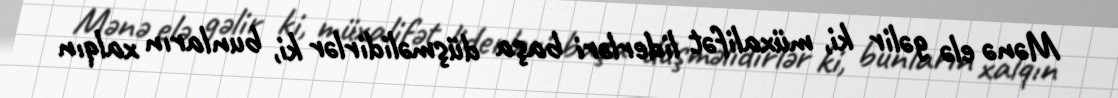
Mənə elə gəlir ki, müxalifət liderləri başa düşməlidirlər ki, bunların xalqın